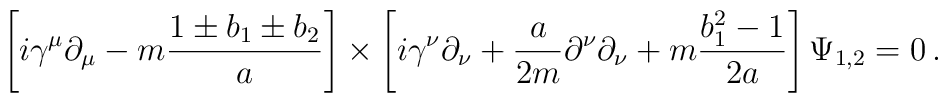
\left [ i\gamma^\mu \partial_\mu - m {1\pm b_1 \pm b_2 \over a}\right]\times\left [ i\gamma^\nu \partial_\nu + {a\over 2m} \partial^\nu \partial_\nu+ m {b_1^2 -1 \over 2a}\right ] \Psi_{1,2} =0\, .